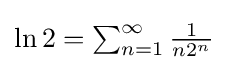
{\textstyle \ln 2=\sum _{n=1}^{\infty }{\frac {1}{n2^{n}}}}